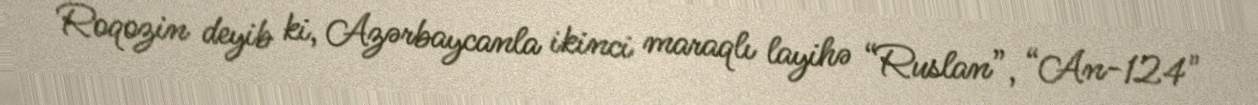
Roqozin deyib ki, Azərbaycanla ikinci maraqlı layihə “Ruslan”, “An-124"